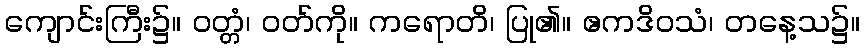
ကျောင်းကြီး၌။ ဝတ္တံ၊ ဝတ်ကို။ ကရောတိ၊ ပြု၏။ ဧကဒိဝသံ၊ တနေ့သ၌။